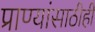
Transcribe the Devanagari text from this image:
प्राण्यांसाठीही